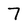
Character: 7